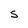
Character: S